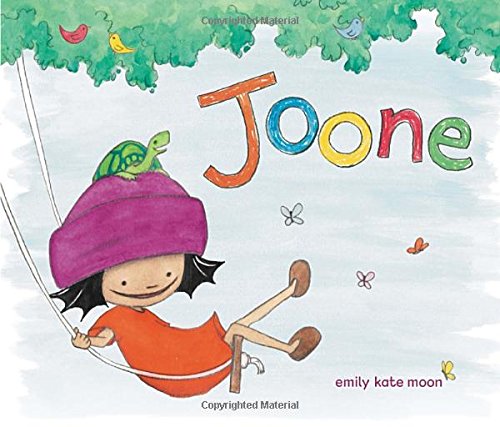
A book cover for Joone; Emily Kate Moon; Children's Books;